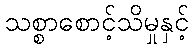
သစ္စာစောင့်သိမှုနှင့်